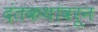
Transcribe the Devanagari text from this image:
दंतकथांवरून